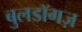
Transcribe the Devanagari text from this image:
बुलडॉगज़